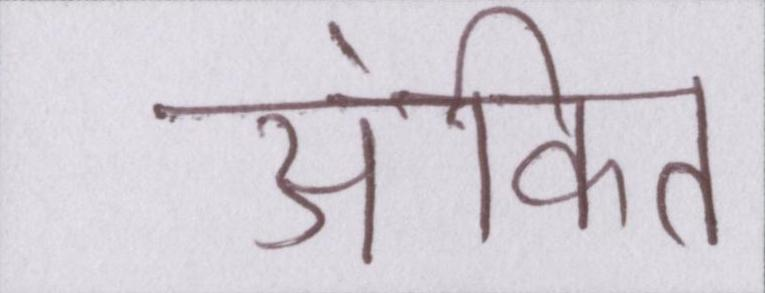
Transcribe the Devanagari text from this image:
अंकित